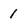
Character: 1